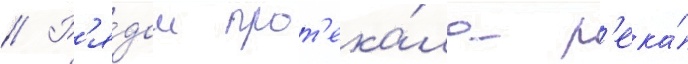
// Р'я́дом прот'ека́ла р'ека́